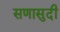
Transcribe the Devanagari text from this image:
सणासुदी